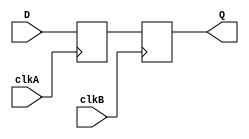
module master_slave_sync (
    input wire D,          // Data input to be synchronized
    input wire clkA,      // Clock for master flip-flop
    input wire clkB,      // Clock for slave flip-flop
    output reg Q          // Synchronized output
);

// Internal signal for master flip-flop output
reg Q1;

// Master Flip-Flop
always @(posedge clkA) begin
    Q1 <= D; // Capture input data on rising edge of clkA
end

// Slave Flip-Flop
always @(posedge clkB) begin
    Q <= Q1; // Capture output of master flip-flop on rising edge of clkB
end

endmodule